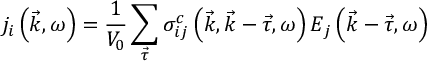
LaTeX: j _ { i } \left( \vec { k } , \omega \right) = \frac 1 { V _ { 0 } } \sum _ { \vec { \tau } } \sigma _ { i j } ^ { c } \left( \vec { k } , \vec { k } - \vec { \tau } , \omega \right) E _ { j } \left( \vec { k } - \vec { \tau } , \omega \right)